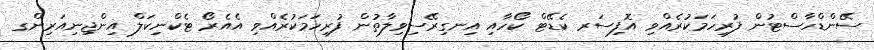
ސޭންޑްހާސްޓުން ފުރިހަމަކުރެއްވި އޮފިސަރ ކެޑޭޓް ކޯހާއި އިނގިރޭސިވިލާތުން ފުރިހަމަކުރެއްވި އެއެރޯ ޓެކްނިކަލް އިންޖިނިއަރިންގ